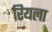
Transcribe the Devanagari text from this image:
रियला